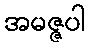
အမဇ္ဇပါ